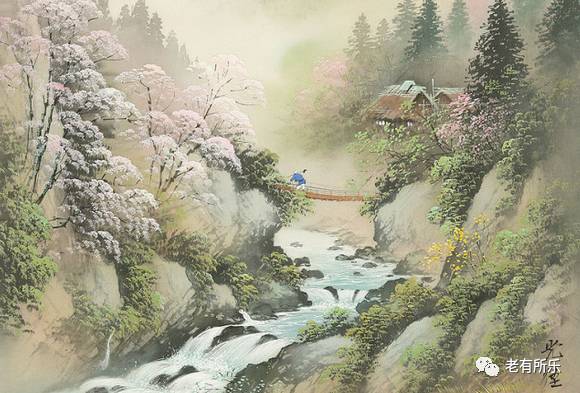
古木阴中系短篷，杖藜扶我过桥东。